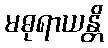
မဓုရာယန္တိ